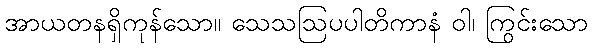
အာယတနရှိကုန်သော။ သေသဩပပါတိကာနံ ဝါ၊ ကြွင်းသော